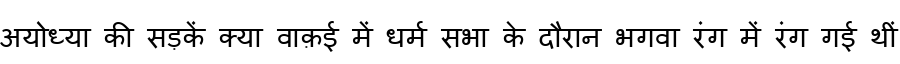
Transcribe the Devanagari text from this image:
अयोध्या की सड़कें क्या वाक़ई में धर्म सभा के दौरान भगवा रंग में रंग गई थीं